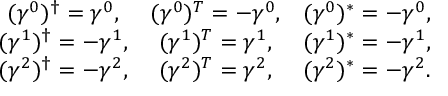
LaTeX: \begin{array} { c c c } { { ( \gamma ^ { 0 } ) ^ { \dagger } = \gamma ^ { 0 } , } } & { { ( \gamma ^ { 0 } ) ^ { T } = - \gamma ^ { 0 } , } } & { { ( \gamma ^ { 0 } ) ^ { * } = - \gamma ^ { 0 } , } } \\ { { ( \gamma ^ { 1 } ) ^ { \dagger } = - \gamma ^ { 1 } , } } & { { ( \gamma ^ { 1 } ) ^ { T } = \gamma ^ { 1 } , } } & { { ( \gamma ^ { 1 } ) ^ { * } = - \gamma ^ { 1 } , } } \\ { { ( \gamma ^ { 2 } ) ^ { \dagger } = - \gamma ^ { 2 } , } } & { { ( \gamma ^ { 2 } ) ^ { T } = \gamma ^ { 2 } , } } & { { ( \gamma ^ { 2 } ) ^ { * } = - \gamma ^ { 2 } . } } \end{array}